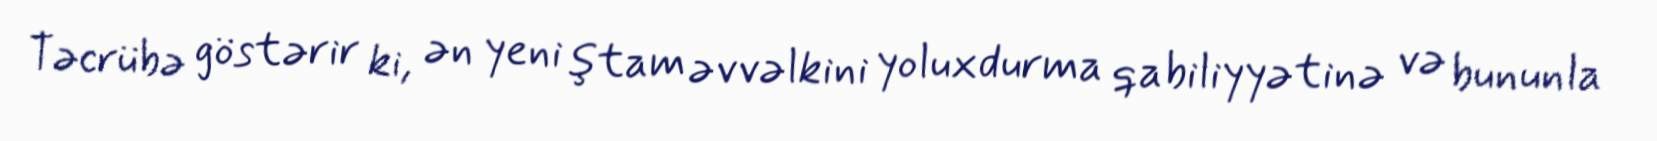
Təcrübə göstərir ki, ən yeni ştam əvvəlkini yoluxdurma qabiliyyətinə və bununla